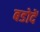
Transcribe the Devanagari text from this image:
बडोदें